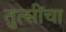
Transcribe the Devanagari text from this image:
तुत्‍सींचा